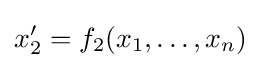
x_{2}'=f_{2}(x_{1},\ldots ,x_{n})